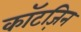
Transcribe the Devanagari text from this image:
कॉटज़िन